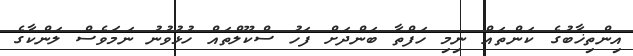
އިންތިޚާބުގެ ކަންތައް ނިމި ހަފްތާ ބަންދަށް ފަހު ސްކޫލްތައް ހުޅުވުނު ނަމަވެސް ލަންކާގެ